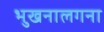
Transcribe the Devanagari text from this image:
भुखनालगना